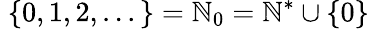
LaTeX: \; \{ 0,1,2,...\} =\mathbb{N}_{0}=\mathbb{N}^{*}\cup\{ 0\}